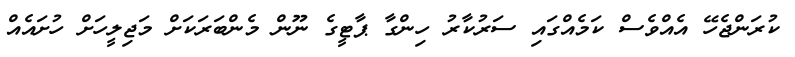
ކުރަންޖެހޭ އެއްވެސް ކަމެއްގައި ސަރުކާރު ހިންގާ ޕާޓީގެ ނޫން މެންބަރަކަށް މަޖިލީހަށް ހުށައެއް